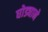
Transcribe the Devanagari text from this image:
घोड्याने